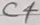
Text: C4